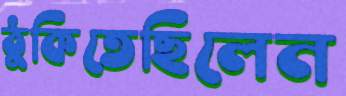
ঠুকিতেছিলেন